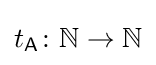
t_{\mathsf {A}}\colon \mathbb {N} \to \mathbb {N}